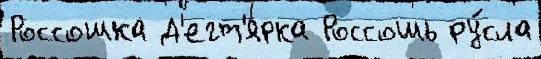
Россошка Д'егт'ярка Россошь ру́сла